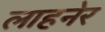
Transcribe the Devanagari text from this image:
लाहनेर